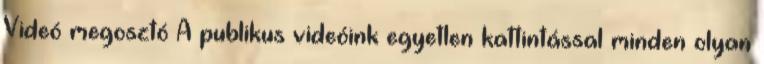
Videó megosztó A publikus videóink egyetlen kattintással minden olyan